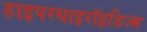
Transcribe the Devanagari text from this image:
हाइपरथाइरॉइडिज्म